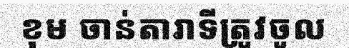
ខុម ចាន់តារាទីត្រូវចូល